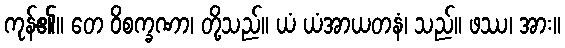
ကုန်၏။ တေ ဝိစက္ခဏာ၊ တို့သည်။ ယံ ယံအာယတနံ၊ သည်။ ဖဿ၊ အား။